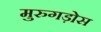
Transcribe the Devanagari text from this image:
मुरुगड़ोस